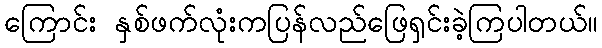
ကြောင်း နှစ်ဖက်လုံးကပြန်လည်ဖြေရှင်းခဲ့ကြပါတယ်။